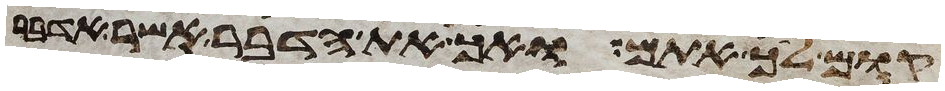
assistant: קום לך אתם ואך את הדבר אשר אדבר